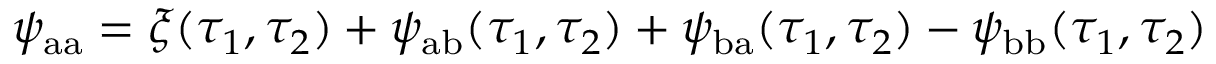
\psi _ { \mathrm { a a } } = \xi ( \tau _ { 1 } , \tau _ { 2 } ) + \psi _ { \mathrm { a b } } ( \tau _ { 1 } , \tau _ { 2 } ) + \psi _ { \mathrm { b a } } ( \tau _ { 1 } , \tau _ { 2 } ) - \psi _ { \mathrm { b b } } ( \tau _ { 1 } , \tau _ { 2 } )